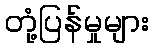
တုံ့ပြန်မှုများ